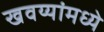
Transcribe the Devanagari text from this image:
खवय्यांमध्ये